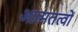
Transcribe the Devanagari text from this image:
आत्मतत्वों